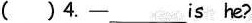
( )4.——___is he?